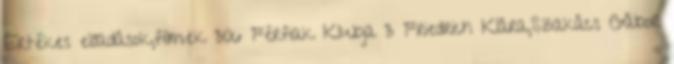
Értékes előadások,filmek 306 Férfiak Klubja 3 Friedrich Klára,Szakács Gábor